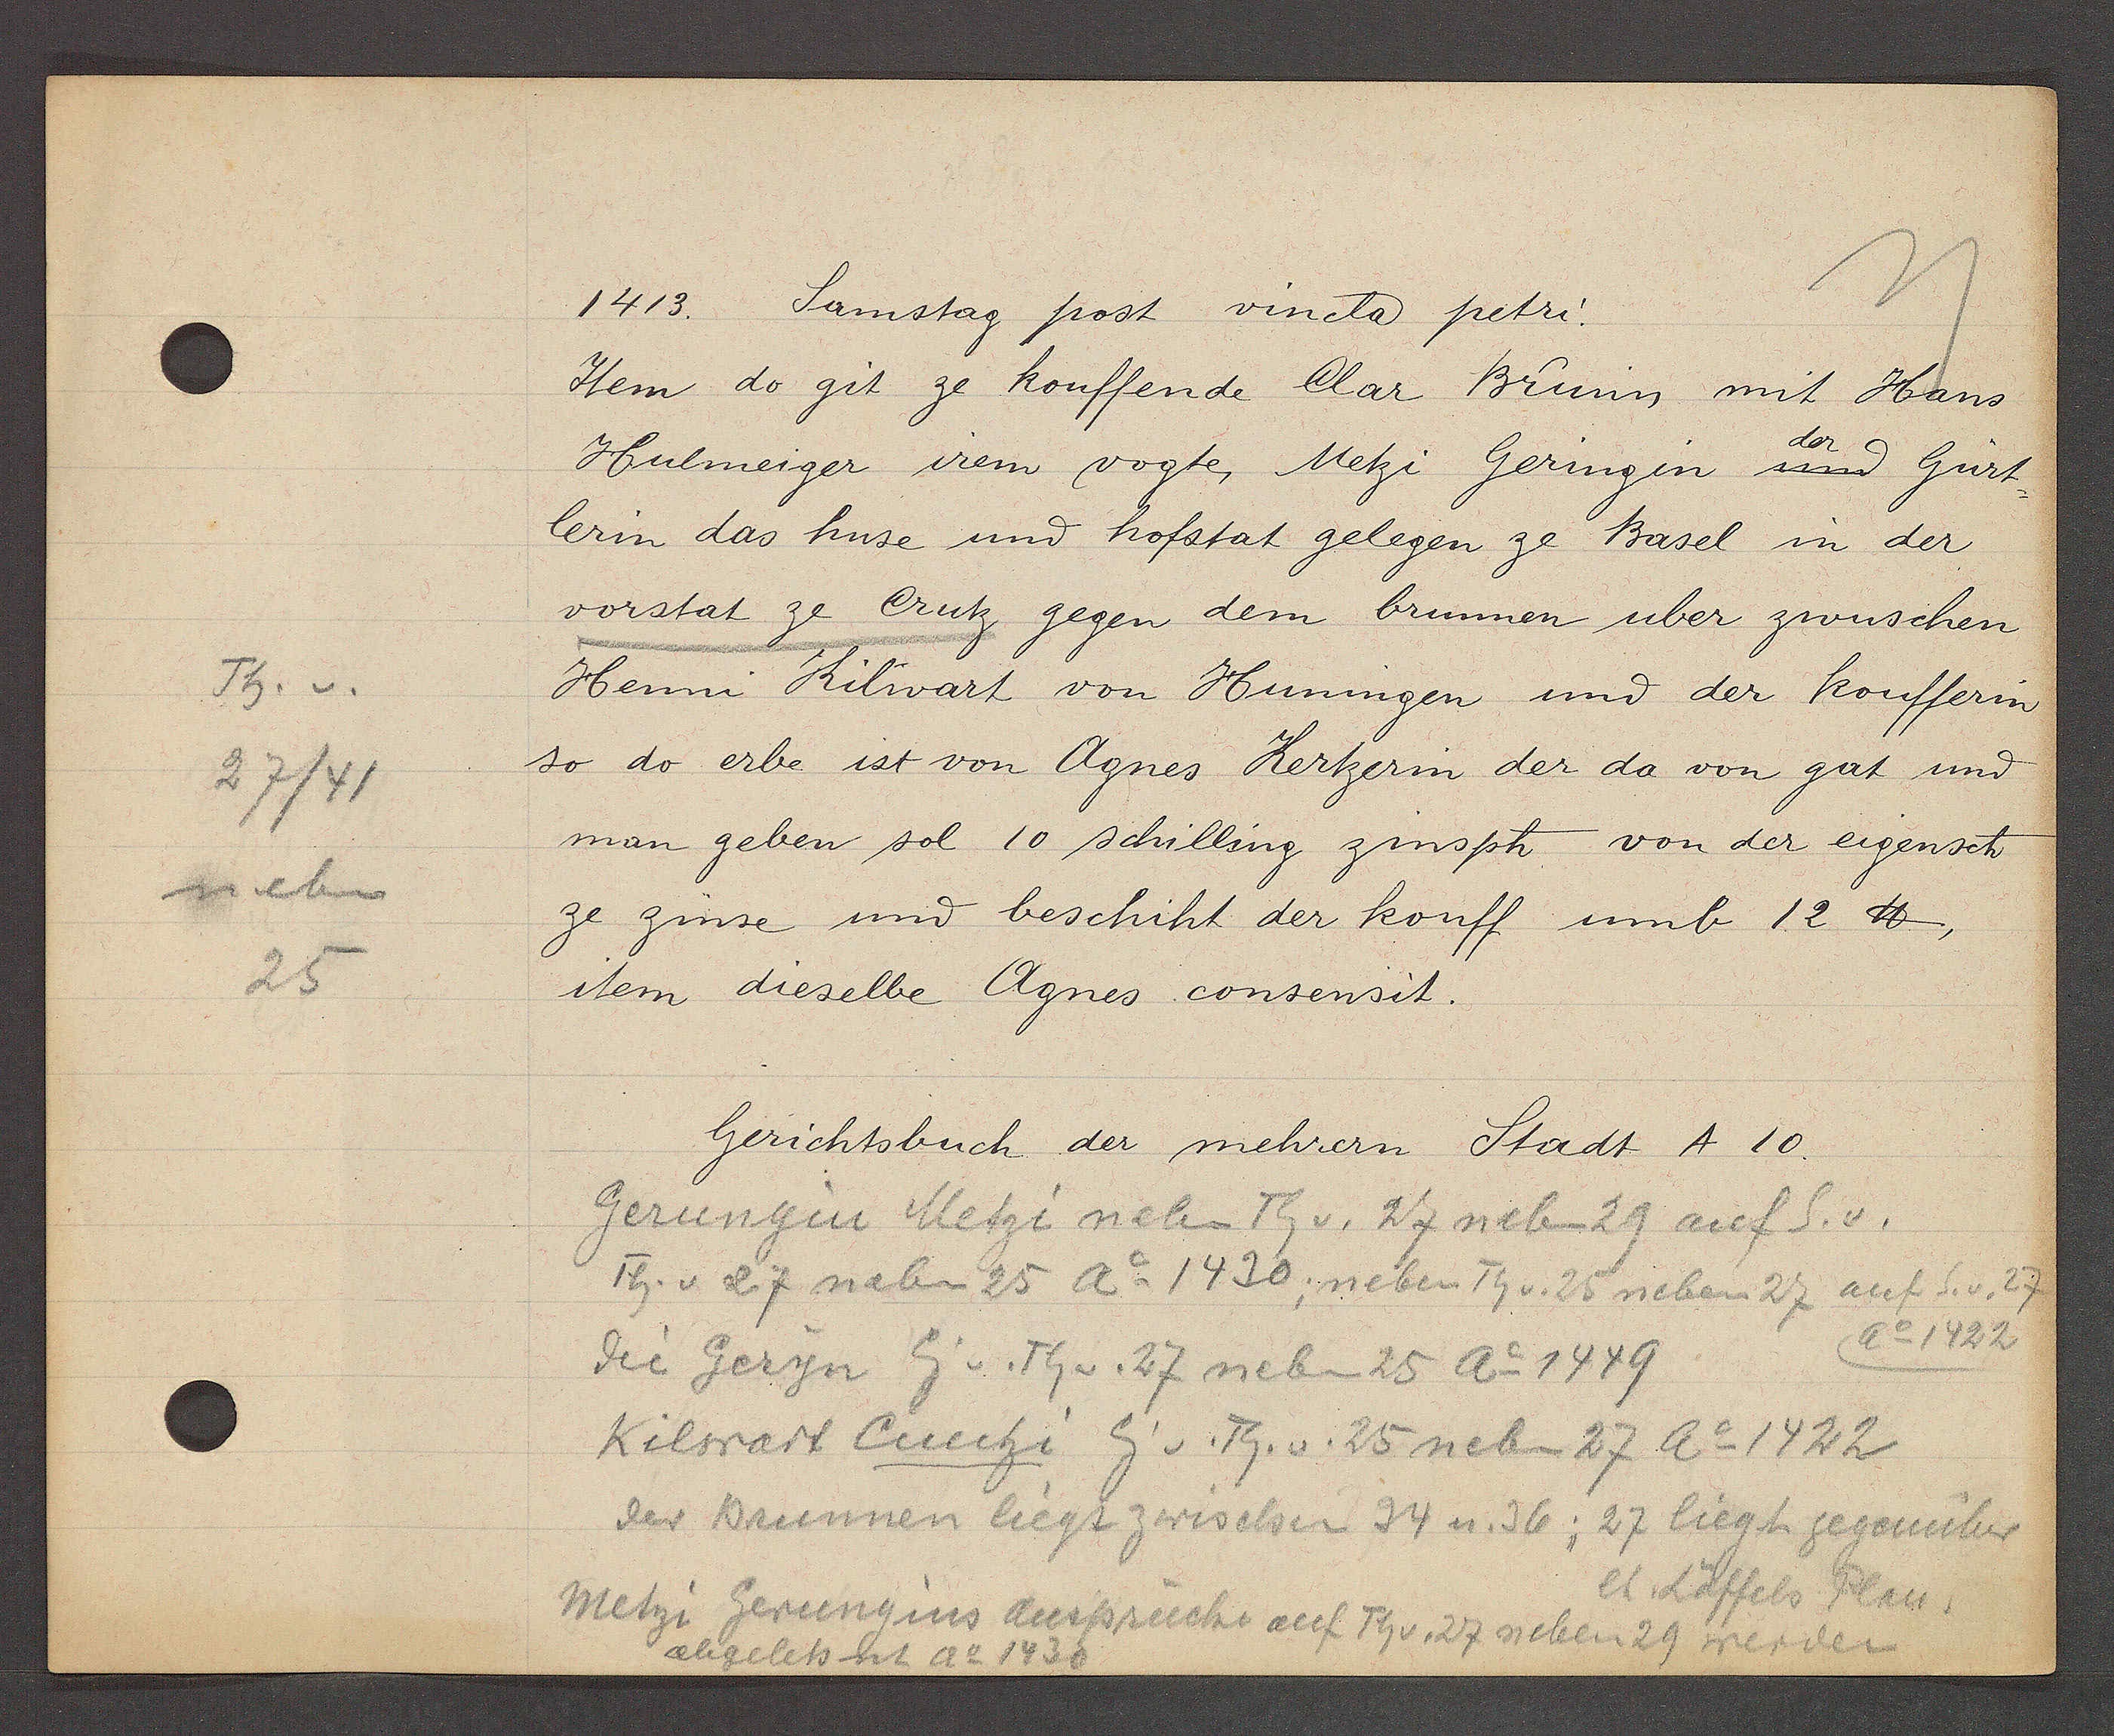
Transcript:
Th. v.
27/41
neben
25

1413. Samstag post vincta petri.

Item do git ze kouffende Clar Brunn mit Hans
der
Hulmeiger irem vogte, Metzi Gering in und Gürt¬
lerin das huse und hofstat gelegen ze Basel in der
vorstat ze Crutz gegen dem brunnen uber zwuschen
Henni Kilwart von Huningen und der koufferin
so do erbe ist von Agnes Kertzerin der da von gat und
man geben sol 10 schilling zinsph von der eigensch
ze zinse und beschiht der kouff umb 12 ℔,
item dieselbe Agnes consensit.

Gerichtsbuch der mehrern Stadt A 10.

Gerungin Metzi neben Th. v. 27 neben 29 auf S. v.
Th. v 27 neben 25 Ao 1430, neben Th. v. 25 neben 27 auf S. v. 27
Ao 1422
die Geryn Eig v. Th v. 27 neben 25 Ao 1449
Kilwart Cuntzi Eig v. Th. v. 25 neben 27 Ao 1422
der Brunnen liegt zwischen 34 u. 36; 27 liegt gegenüber
et Löffels Plan.
Metzi Gerungins Ansprüche auf Th. v. 27 neben 29 werden
algelets ht ao 1430